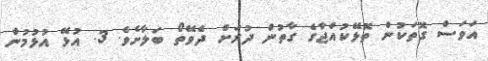
އަވަސް ގޮތަކުން ތޮޅޭކުއްޖާގެ ގާތުން ދުރަށް ދެވޭތޯ ބަލާށެވެ. 3. އުޅޭ އުޅުމުން